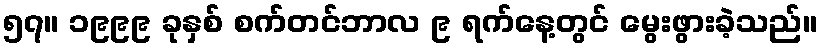
၅၇။ ၁၉၉၉ ခုနှစ် စက်တင်ဘာလ ၉ ရက်နေ့တွင် မွေးဖွားခဲ့သည်။